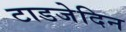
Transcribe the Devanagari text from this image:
टाडजेदिन